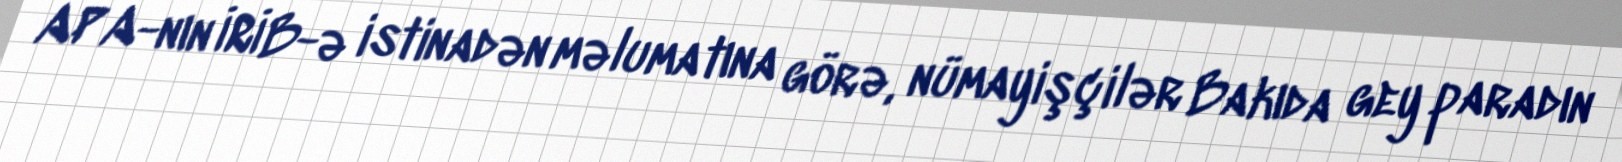
APA-nın İRİB-ə istinadən məlumatına görə, nümayişçilər Bakıda gey paradın